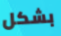
بشكل